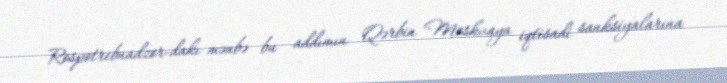
Rospotrebnadzor-dakı mənbə bu addımın Qərbin Moskvaya iqtisadi sanksiyalarına